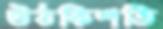
উঠকিশতি